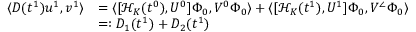
\begin{array} { r l } { \langle D ( t ^ { 1 } ) u ^ { 1 } , v ^ { 1 } \rangle } & { = \langle [ \mathcal { H } _ { K } ( t ^ { 0 } ) , U ^ { 0 } ] \Phi _ { 0 } , V ^ { 0 } \Phi _ { 0 } \rangle + \langle [ \mathcal { H } _ { K } ( t ^ { 1 } ) , U ^ { 1 } ] \Phi _ { 0 } , V ^ { \angle } \Phi _ { 0 } \rangle } \\ & { = : D _ { 1 } ( t ^ { 1 } ) + D _ { 2 } ( t ^ { 1 } ) } \end{array}